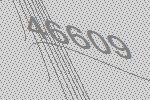
46609